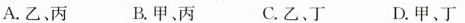
A.乙、丙 B.甲、丙 C.乙、丁 D.甲、丁